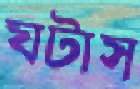
ঘটাস